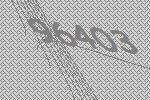
96403